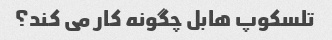
تلسکوپ هابل چگونه کار می کند؟